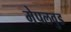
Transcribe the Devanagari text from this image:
मेपलवुड